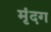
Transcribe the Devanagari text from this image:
मृंदग